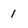
Character: 1